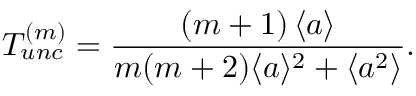
T _ { u n c } ^ { ( m ) } = \frac { \left( m + 1 \right) \langle a \rangle } { m ( m + 2 ) \langle a \rangle ^ { 2 } + \langle a ^ { 2 } \rangle } .